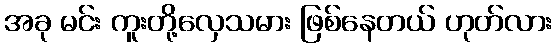
အခု မင်း ကူးတို့လှေသမား ဖြစ်နေတယ် ဟုတ်လား